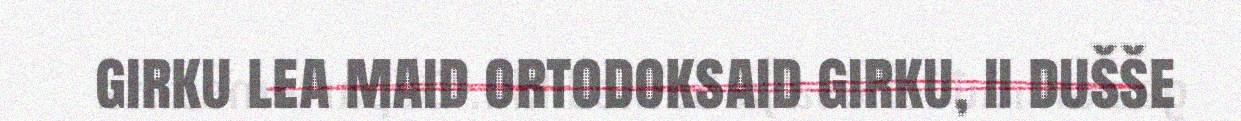
girku lea maid ortodoksaid girku, ii dušše